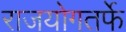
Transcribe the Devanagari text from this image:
राजयोगतर्फे